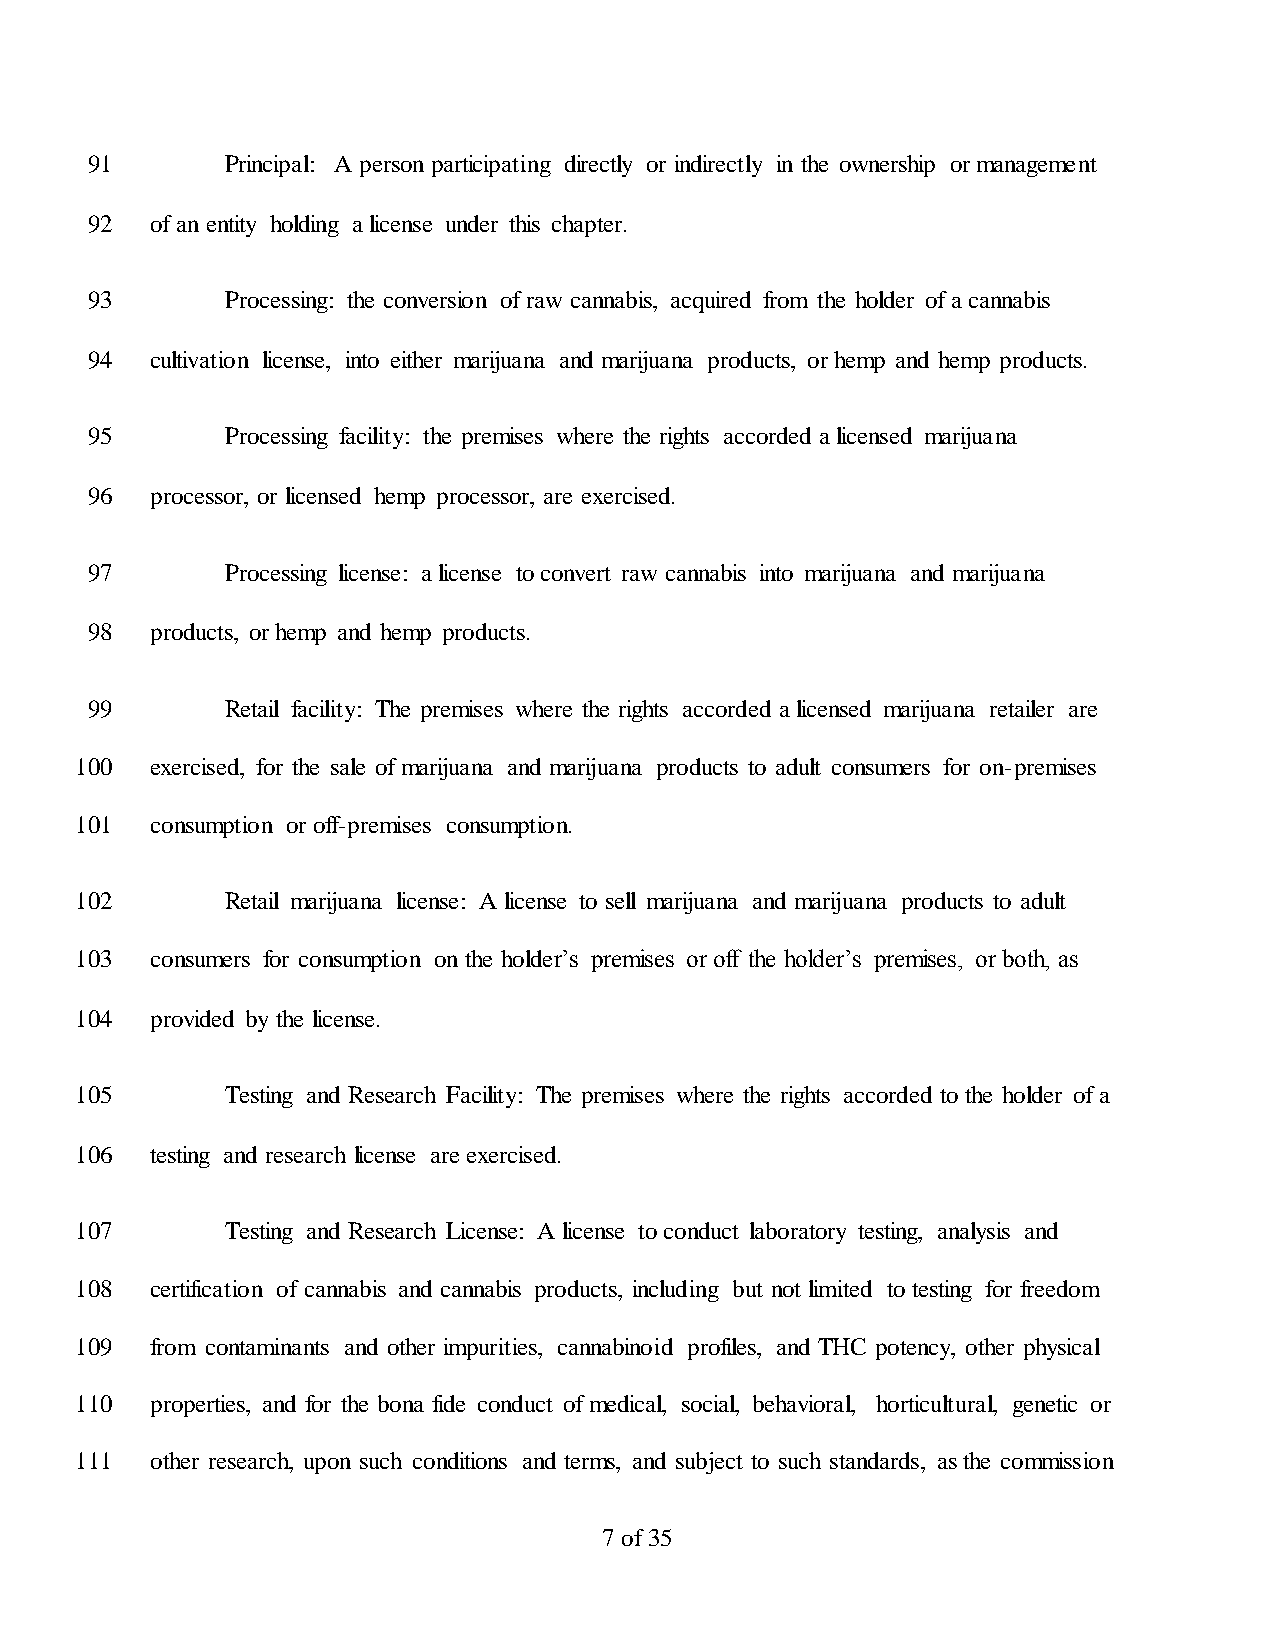
91       Principal: A person participating directly or indirectly in the ownership or management
 92  of an entity holding a license under this chapter.
 93       Processing: the conversion of raw cannabis, acquired from the holder of a cannabis
 94  cultivation license, into either marijuana and marijuana products, or hemp and hemp products.
 95       Processing facility: the premises where the rights accorded a licensed marijuana
 96  processor, or licensed hemp processor, are exercised.
 97       Processing license: a license to convert raw cannabis into marijuana and marijuana
 98  products, or hemp and hemp products.
 99       Retail facility: The premises where the rights accorded a licensed marijuana retailer are
 100  exercised, for the sale of marijuana and marijuana products to adult consumers for on-premises
 101  consumption or off-premises consumption.
 102       Retail marijuana license: A license to sell marijuana and marijuana products to adult
 103  consumers for consumption on the holder’s premises or off the holder’s premises, or both, as
 104  provided by the license.
 105       Testing and Research Facility: The premises where the rights accorded to the holder of a
 106  testing and research license are exercised.
 107       Testing and Research License: A license to conduct laboratory testing, analysis and
 108  certification of cannabis and cannabis products, including but not limited to testing for freedom
 109  from contaminants and other impurities, cannabinoid profiles, and THC potency, other physical
 110  properties, and for the bona fide conduct of medical, social, behavioral, horticultural, genetic or
 111  other research, upon such conditions and terms, and subject to such standards, as the commission
 7 of 35